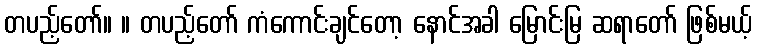
တပည့်တော်။ ။ တပည့်တော် ကံကောင်းချင်တော့ နောင်အခါ မြောင်းမြ ဆရာတော် ဖြစ်မယ့်